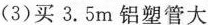
(3)买3.5m铝塑管大